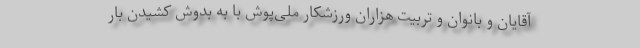
آقایان و بانوان و تربیت هزاران ورزشکار ملی‌پوش با به بدوش کشیدن بار